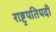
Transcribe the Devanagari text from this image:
राष्ट्रपतिपदी